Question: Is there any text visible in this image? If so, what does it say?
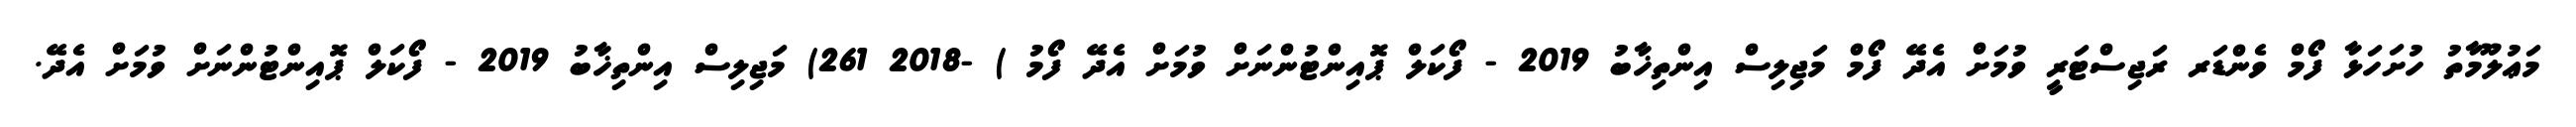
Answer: މަޢުލޫމާތު ހުށަހަޅާ ފޯމް ވެންޑަރ ރަޖިސްޓަރީ ވުމަށް އެދޭ ފޯމް މަޖިލިސް އިންތިޚާބު 2019 - ފޯކަލް ޕޮއިންޓުންނަށް ވުމަށް އެދޭ ފޯމު ) -2018 261) މަޖިލިސް އިންތިޚާބު 2019 - ފޯކަލް ޕޮއިންޓުންނަށް ވުމަށް އެދޭ.